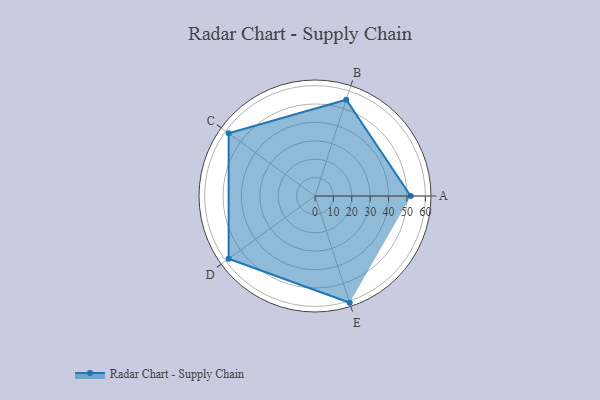
{"axis": {"x": "Skill", "y": "Score"}, "legend": ["Profile"], "data": [{"x": "A", "y": 52.0, "type": "Profile"}, {"x": "B", "y": 55.0, "type": "Profile"}, {"x": "C", "y": 58.0, "type": "Profile"}, {"x": "D", "y": 58.0, "type": "Profile"}, {"x": "E", "y": 61.0, "type": "Profile"}]}